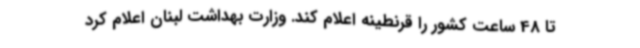
تا 48 ساعت کشور را قرنطینه اعلام کند. وزارت بهداشت لبنان اعلام کرد